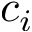
c _ { i }